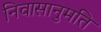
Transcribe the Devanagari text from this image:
निवासानुमति